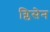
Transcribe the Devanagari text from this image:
ग्लिसेन